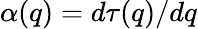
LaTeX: \alpha(q)=d\tau(q)/dq